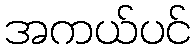
အကယ်ပင်